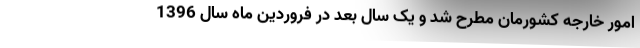
امور خارجه کشورمان مطرح شد و یک سال بعد در فروردین‌ ماه سال 1396